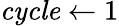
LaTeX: \mathit{cycle}\gets 1